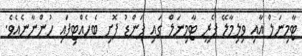
ޓާމިނަލް އާއި ވިލިމާލޭ ފެރީ ޓާމިނަލް ގައި ފަންޑު ފޮށި ބެހެއްޓިފައި ހުންނާނެއެވެ.